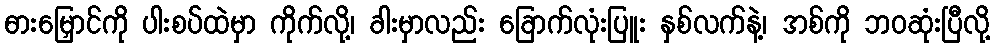
ဓားမြှောင်ကို ပါးစပ်ထဲမှာ ကိုက်လို့၊ ခါးမှာလည်း ခြောက်လုံးပြူး နှစ်လက်နဲ့၊ အစ်ကို ဘဝဆုံးပြီလို့